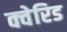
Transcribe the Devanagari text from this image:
क्वेरिड